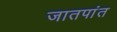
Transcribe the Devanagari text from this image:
जातपांत